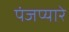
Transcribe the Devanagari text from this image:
पंजप्यारे